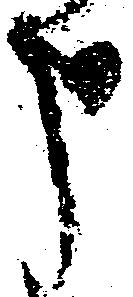
申